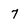
Character: 7